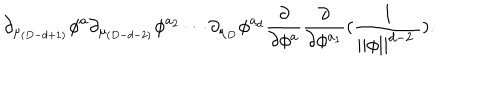
\partial _ { \mu _ { ( D - d + 1 ) } } \phi ^ { a } \partial _ { \mu _ { ( D - d - 2 ) } } \phi ^ { a _ { 2 } } \cdots \partial _ { \mu _ { D } } \phi ^ { a _ { d } } \frac \partial { \partial \phi ^ { a } } \frac \partial { \partial \phi ^ { a _ { 1 } } } ( \frac 1 { | | \phi | | ^ { d - 2 \ } } ) .